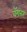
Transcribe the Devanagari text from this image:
वॅगनर